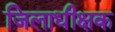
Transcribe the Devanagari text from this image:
जिलाधीक्षक